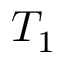
T _ { 1 }